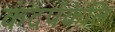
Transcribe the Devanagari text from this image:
कंदर्पकेलि